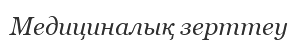
Медициналық зерттеу